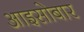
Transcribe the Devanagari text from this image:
आइसोबार